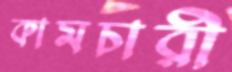
কামচারী